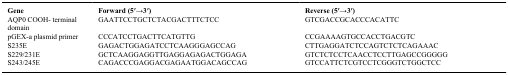
<table><thead><tr><td><b>Gene</b></td><td><b>Forward (5′→3′)</b></td><td><b>Reverse (5′→3′)</b></td></tr></thead><tbody><tr><td>AQP0 COOH- terminal domain</td><td>GAATTCCTGCTCTACGACTTTCTCC</td><td>GTCGACCGCACCCACATTC</td></tr><tr><td>pGEX-a plasmid primer</td><td>CCCATCCTGACTTCATGTTG</td><td>CCGAAAAGTGCCACCTGACGTC</td></tr><tr><td>S235E</td><td>GAGACTGGAGATCCTCAAGGGAGCCAG</td><td>CTTGAGGATCTCCAGTCTCTCAGAAAC</td></tr><tr><td>S229/231E</td><td>GCTCAAGGAGGTTGAGGAGAGACTGGAGA</td><td>GTCTCTCCTCAACCTCCTTGAGCCGGGGG</td></tr><tr><td>S243/245E</td><td>CAGACCCGAGGACGAGAATGGACAGCCAG</td><td>GTCCATTCTCGTCCTCGGGTCTGGCTCC</td></tr></tbody></table>